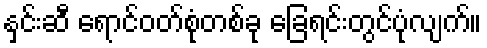
နှင်းဆီ ရောင်ဝတ်စုံတစ်ခု ခြေရင်းတွင်ပုံလျက်။